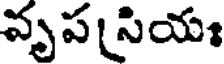
వృప సియః